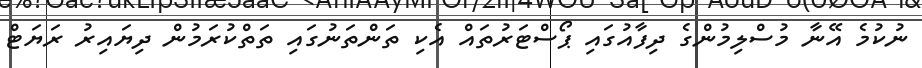
ނުކުމެ އޭނާ މުސްލިމުންގެ ދިފާއުގައި ޕޯސްޓަރުތައް އެކި ތަންތަނުގައި ތަތްކުރަމުން ދިޔައިރު ރަޔަޓް